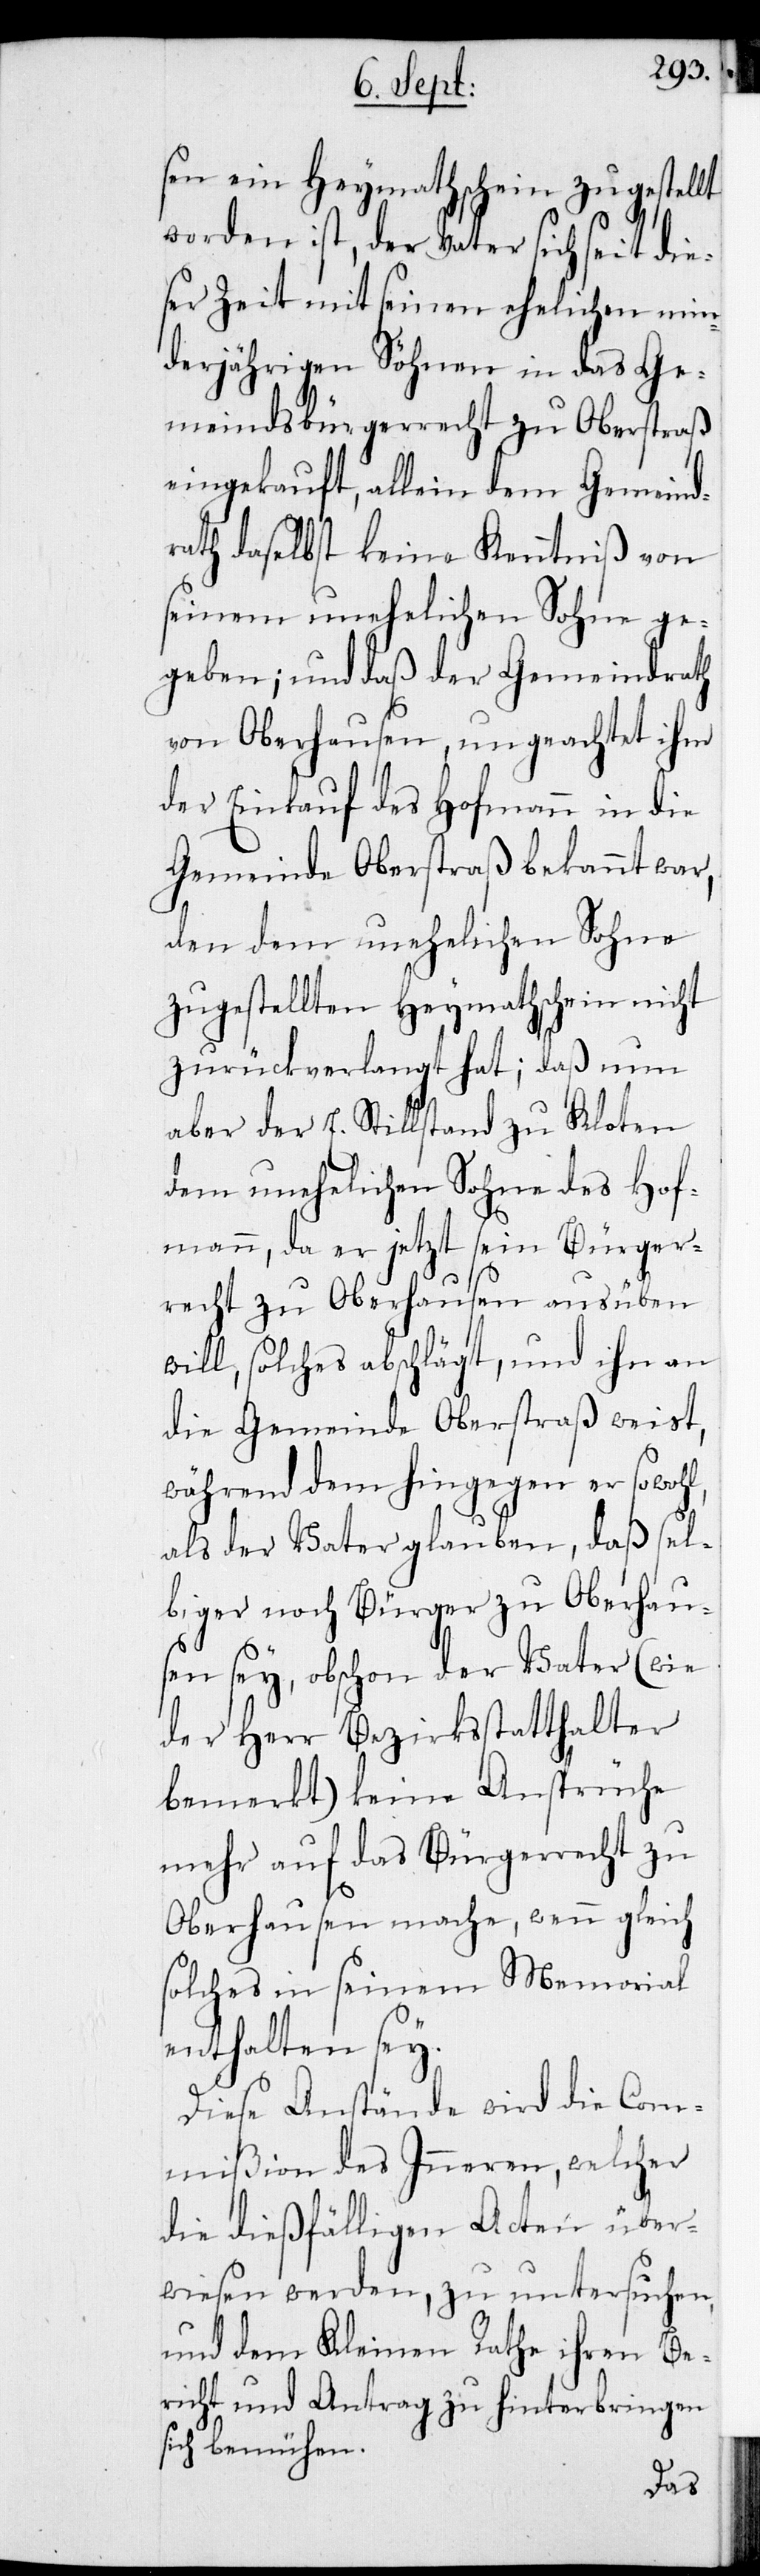
sen ein Heymathschein zugestellt
worden ist, der Vater sich seit die¬
ser Zeit mit seinen ehelichen min¬
derjährigen Söhnen in das Ge¬
meindsbürgerrecht zu Oberstraß
eingekauft, allein dem Gemeind¬
rath daselbst keine Kenntniß von
seinem unehelichen Sohne ge¬
geben; und daß der Gemeinderath
von Oberhausen, ungeachtet ihm
der Einkauf des Hofmann in die
Gemeinde Oberstraß bekannt war,
den dem unehelichen Sohne
zugestellten Heymathschein nicht
zurückverlangt hat; daß nun
aber der E. Stillstand zu Kloten
dem unehelichen Sohne des Hof¬
manns, da er jetzt sein Bürger¬
recht zu Oberhausen ausüben
will, solches abschlägt, und ihn an
die Gemeinde Oberstraß weist,
währenddem hingegen er sowohl,
als der Vater glauben, daß sel¬
biger noch Bürger zu Oberhau¬
sen sey, obschon der Vater (wie
der Herr Bezirksstatthalter
bemerkt) keine Ansprüche
mehr auf das Bürgerrecht zu
Oberhausen mache, wenngleich
solches in seinem Memorial
enthalten sey.
Diese Anstände wird die Com¬
mißion des Inneren, welcher
die dießfälligen Acten über¬
wiesen werden, zu untersuchen
und dem Kleinen Rathe ihren Be¬
richt und Antrag zu hinterbringen
sich bemühen.